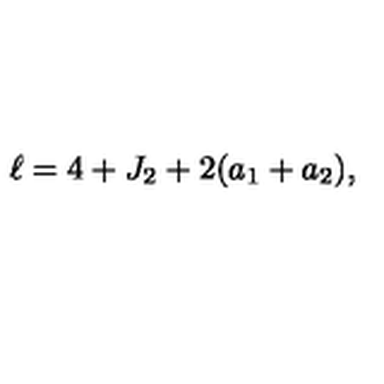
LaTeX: \ell = 4 + J _ { 2 } + 2 ( a _ { 1 } + a _ { 2 } ) ,